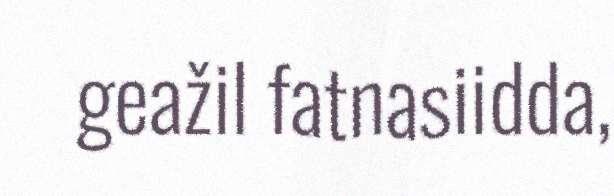
geažil fatnasiidda,